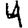
Digit: 4